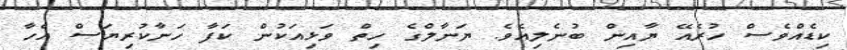
ކިޑެއްވެސް ހުރެއޭ ޔާއިން ބުނެލިއެވެ. ޔަނާލްގެ ހިތް ވަޅިއަކުން ކަފާ ހަނާކުރިޔަސް އެހާ